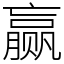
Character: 赢